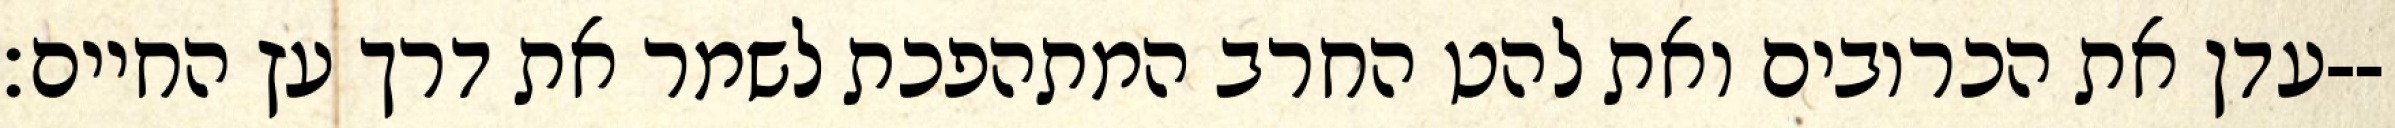
עדן את הכרובים ואת להט החרב המתהפכת לשמר את דרך עץ החיים׃--